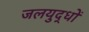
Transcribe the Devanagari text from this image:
जलयुद्धों